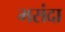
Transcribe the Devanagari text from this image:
मरांदा